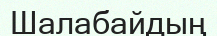
Шалабайдың